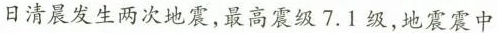
日清晨发生两次地震，最高震级7.1级，地震震中